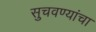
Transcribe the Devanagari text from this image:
सुचवण्यांचा